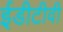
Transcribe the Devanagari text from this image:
ईडीटीवी